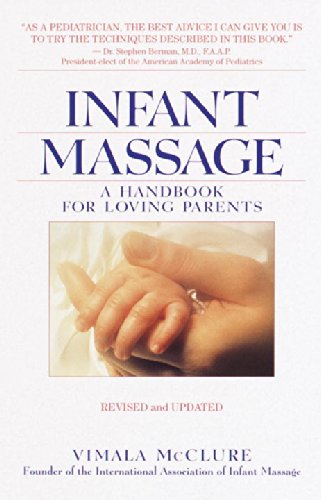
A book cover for Infant Massage--Revised Edition: A Handbook for Loving Parents; Vimala Schneider McClure; Health, Fitness & Dieting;